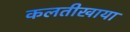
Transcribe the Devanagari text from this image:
कलतीखाया